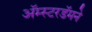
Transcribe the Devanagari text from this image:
अॅम्स्टरडॅमने